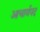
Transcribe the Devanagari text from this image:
आचार्यपद